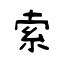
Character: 索